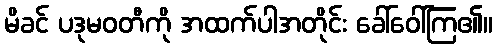
မိခင် ပဒုမဝတီကို အထက်ပါအတိုင်း ခေါ်ဝေါ်ကြ၏။